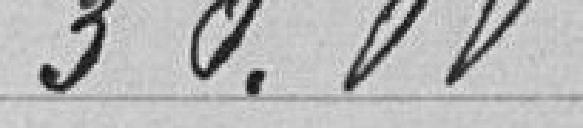
30,00